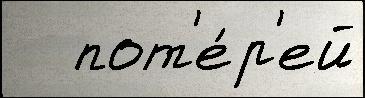
   пот'е́р'ей